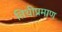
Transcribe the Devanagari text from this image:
तिथीप्रमाण